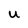
Character: u